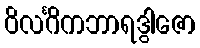
ဝိလင်္ဂိကဘာရဒွါဇော